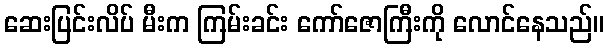
ဆေးပြင်းလိပ် မီးက ကြမ်းခင်း ကော်ဇောကြီးကို လောင်နေသည်။